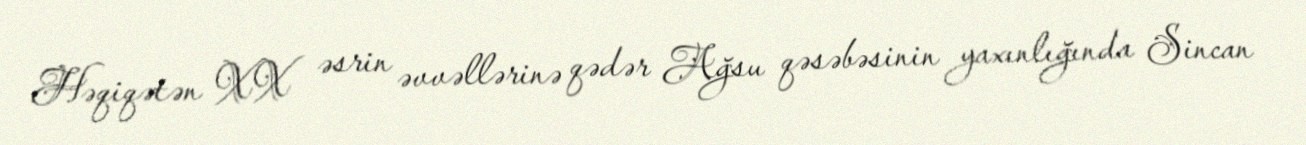
Həqiqətən XX əsrin əvvəllərinə qədər Ağsu qəsəbəsinin yaxınlığında Sincan